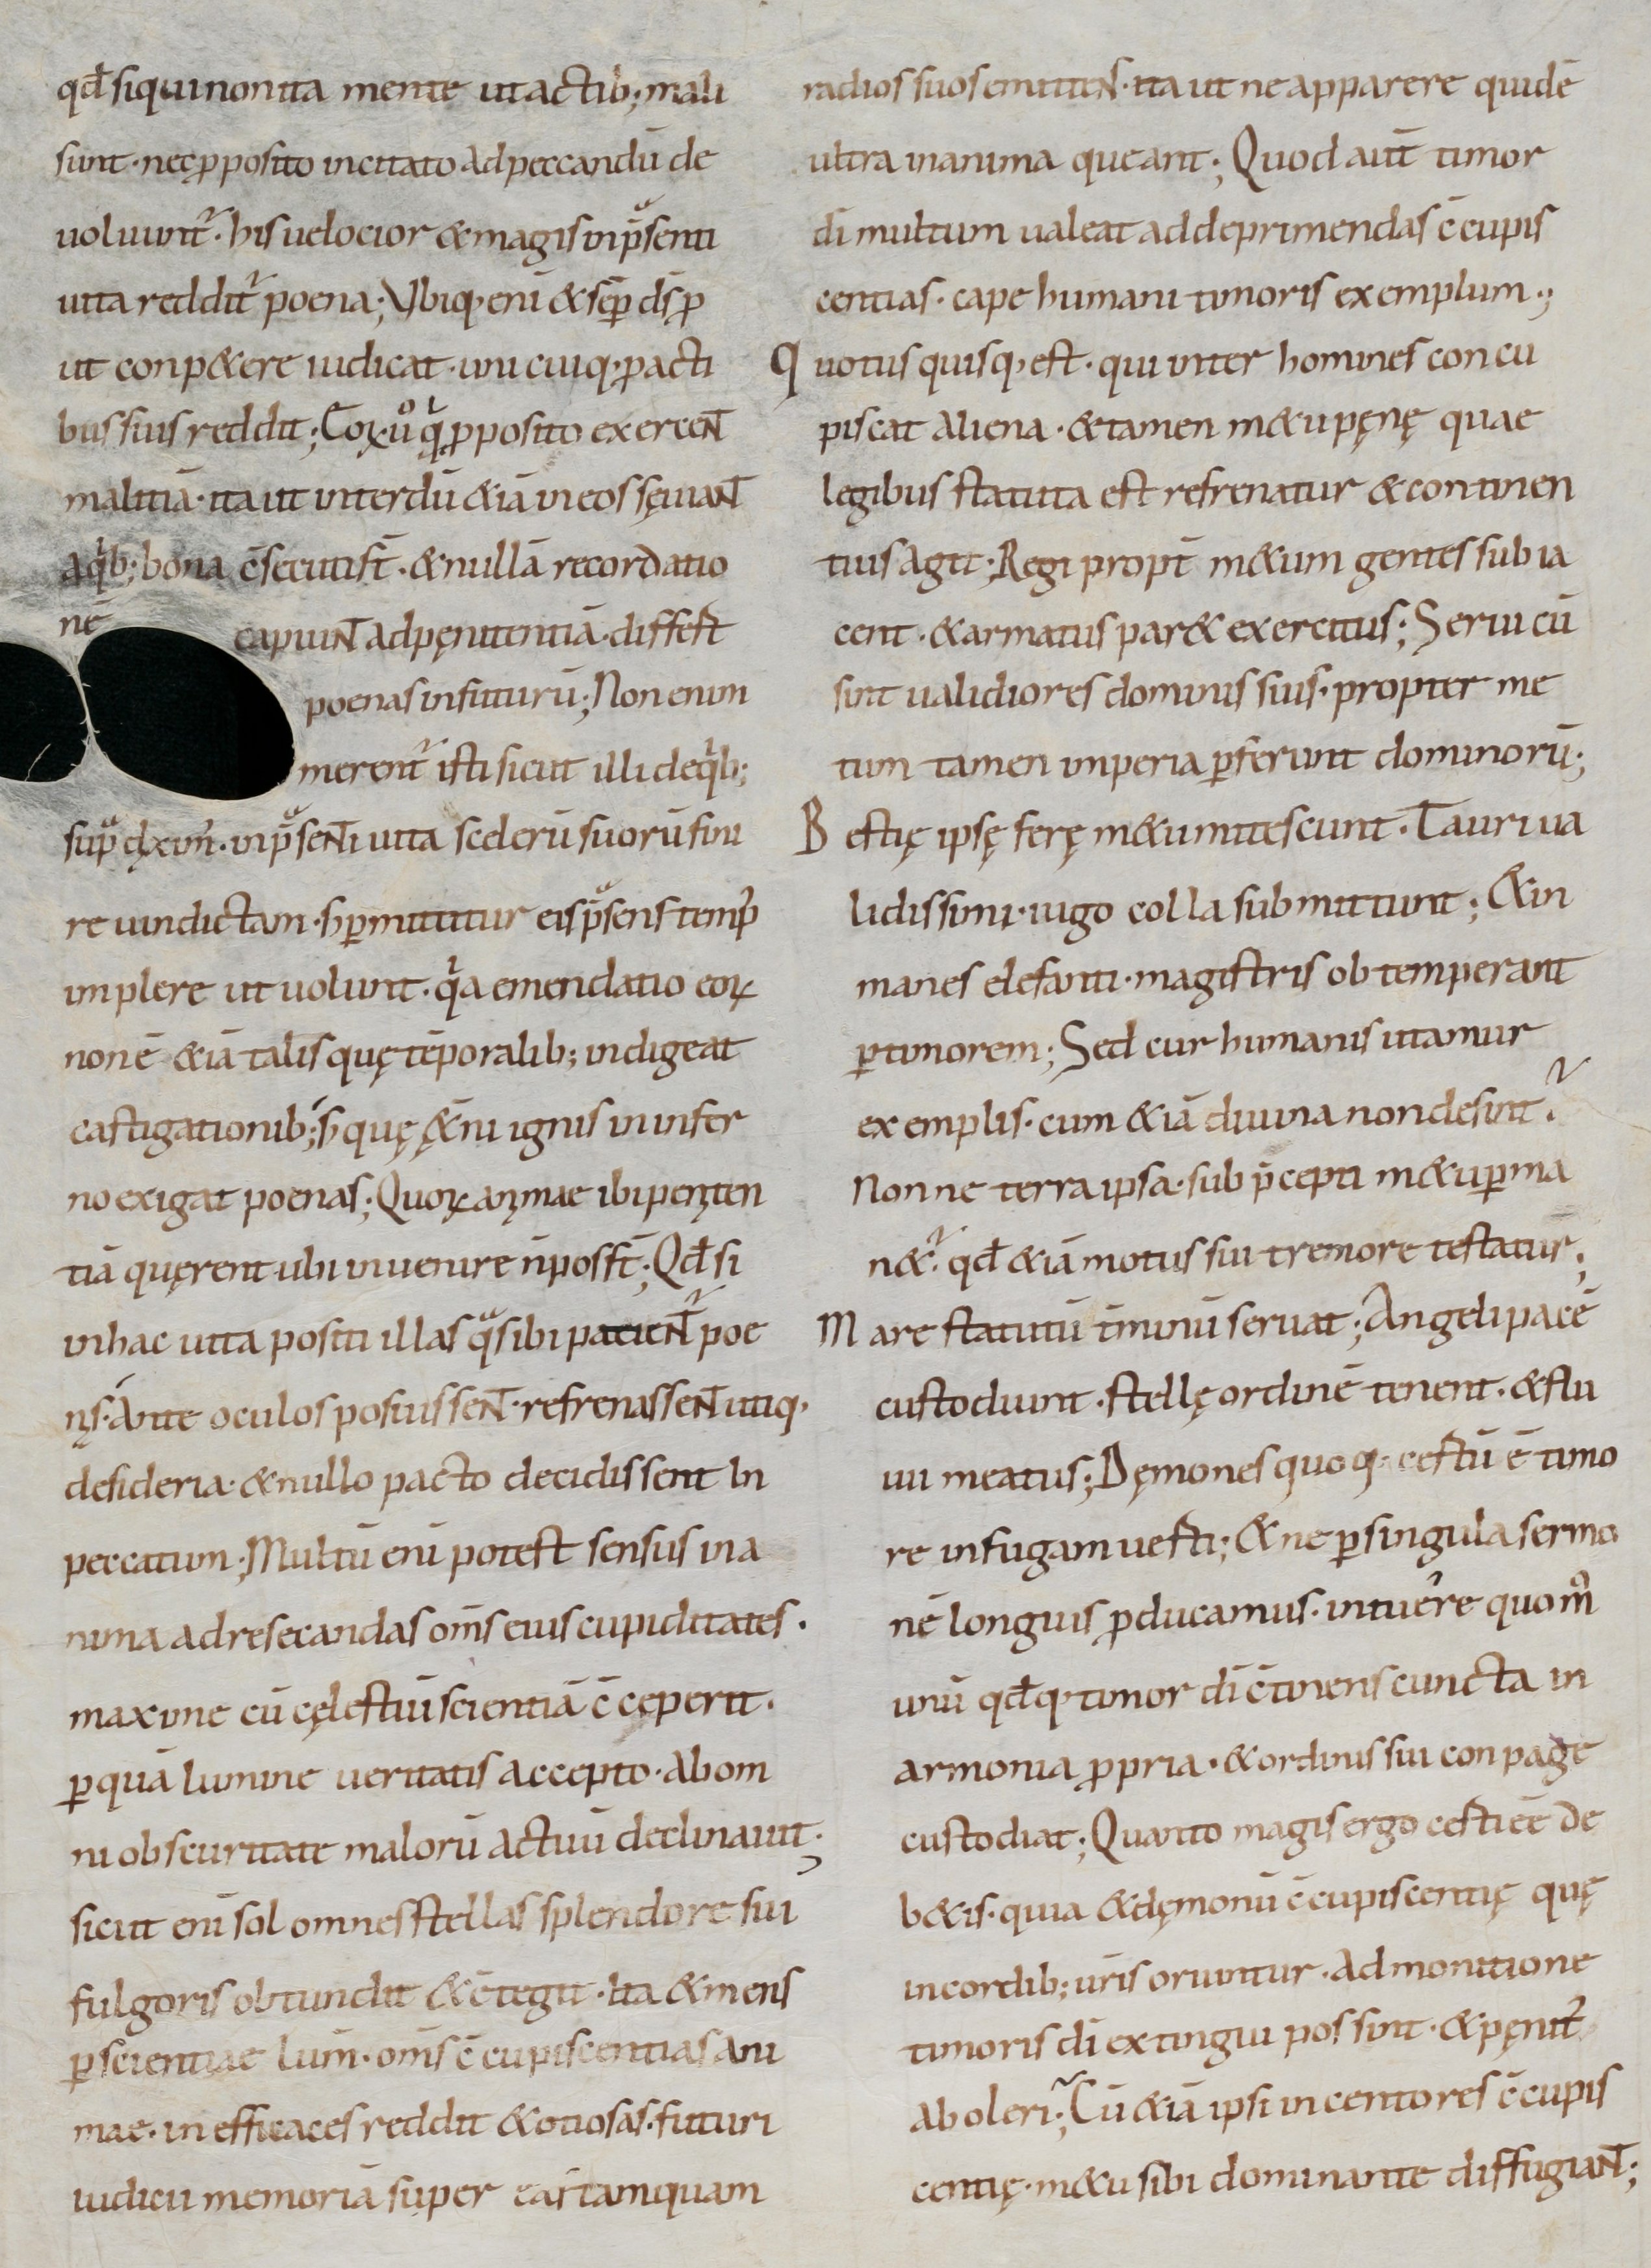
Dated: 800–899